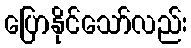
ပြောနိုင်သော်လည်း